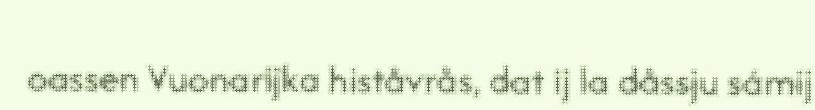
oassen Vuonarijka histåvrås, dat ij la dåssju sámij